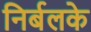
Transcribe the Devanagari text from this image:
निर्बलके